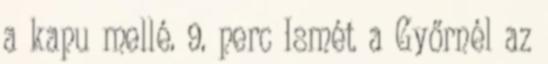
a kapu mellé. 9. perc Ismét a Győrnél az